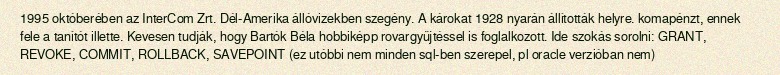
1995 októberében az InterCom Zrt. Dél-Amerika állóvizekben szegény. A károkat 1928 nyarán állították helyre. komapénzt, ennek fele a tanítót illette. Kevesen tudják, hogy Bartók Béla hobbiképp rovargyűjtéssel is foglalkozott. Ide szokás sorolni: GRANT, REVOKE, COMMIT, ROLLBACK, SAVEPOINT (ez utóbbi nem minden sql-ben szerepel, pl oracle verzióban nem)